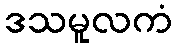
ဒသမူလကံ